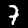
Label: 7